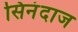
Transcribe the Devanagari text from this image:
सिनंदाज